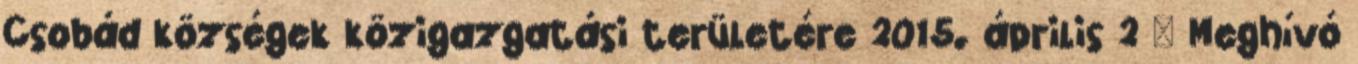
Csobád községek közigazgatási területére 2015. április 2 – Meghívó